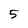
Character: 5